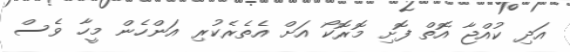
އަދި ކުއްޖާ އޮތް ފޮށި މޮރޮކޯ އަށް އެތެރެކުރި އަންހެން މީހާ ވެސް